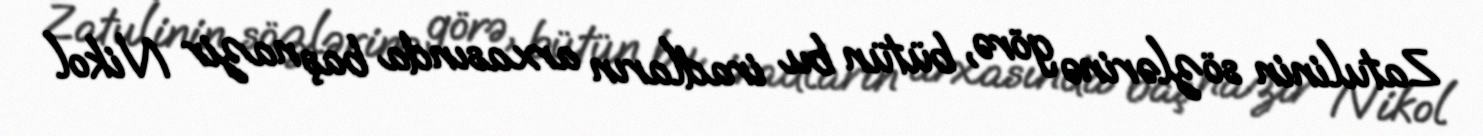
Zatulinin sözlərinə görə, bütün bu iradların arxasında baş nazir Nikol